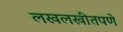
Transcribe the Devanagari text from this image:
लखलखीतपणे